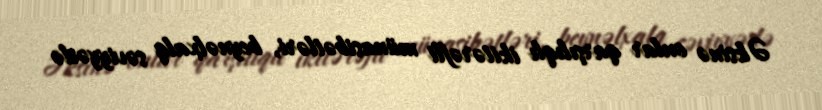
Əksinə onlar qarşılıqlı ikitərəfli münasibətləri, beynəlxalq səviyyədə